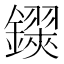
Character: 𨮅